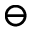
\ominus